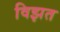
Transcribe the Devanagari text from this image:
विझत